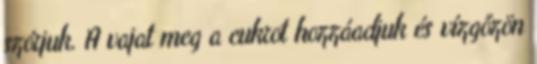
szórjuk. A vajat meg a cukrot hozzáadjuk és vízgőzön